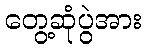
တွေ့ဆုံပွဲအား